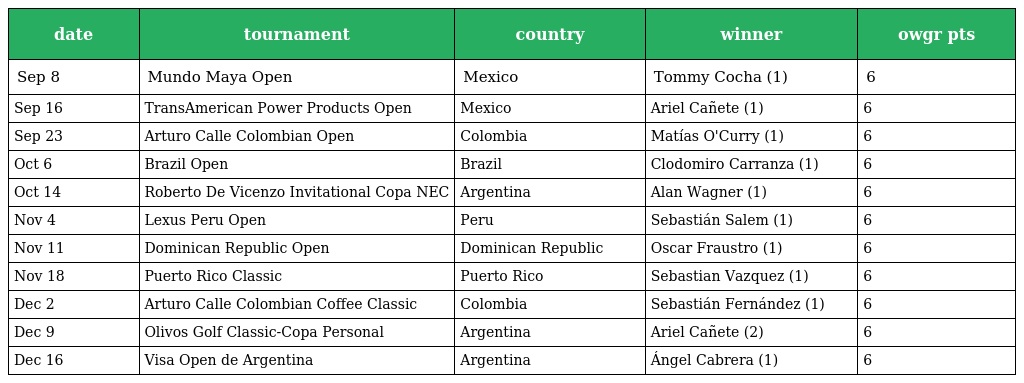
| date | tournament | country | winner | owgr pts |
 | --- | --- | --- | --- | --- |
 | Sep 8 | Mundo Maya Open | Mexico | Tommy Cocha (1) | 6 |
 | Sep 16 | TransAmerican Power Products Open | Mexico | Ariel Cañete (1) | 6 |
 | Sep 23 | Arturo Calle Colombian Open | Colombia | Matías O'Curry (1) | 6 |
 | Oct 6 | Brazil Open | Brazil | Clodomiro Carranza (1) | 6 |
 | Oct 14 | Roberto De Vicenzo Invitational Copa NEC | Argentina | Alan Wagner (1) | 6 |
 | Nov 4 | Lexus Peru Open | Peru | Sebastián Salem (1) | 6 |
 | Nov 11 | Dominican Republic Open | Dominican Republic | Oscar Fraustro (1) | 6 |
 | Nov 18 | Puerto Rico Classic | Puerto Rico | Sebastian Vazquez (1) | 6 |
 | Dec 2 | Arturo Calle Colombian Coffee Classic | Colombia | Sebastián Fernández (1) | 6 |
 | Dec 9 | Olivos Golf Classic-Copa Personal | Argentina | Ariel Cañete (2) | 6 |
 | Dec 16 | Visa Open de Argentina | Argentina | Ángel Cabrera (1) | 6 |